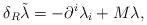
LaTeX: \begin{align*}\delta _R\tilde \lambda =-\partial ^i\lambda _i+M\lambda ,\end{align*}